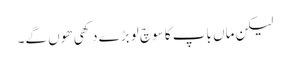
لیکن ماں باپ کا سوچ لو بڑے دکھی ھوں گے۔